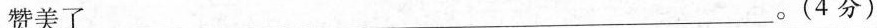
赞美了 ___ 。(4分)